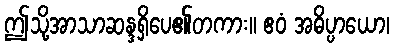
ဤသို့အာသာဆန္ဒရှိပေ၏တကား။ ဧဝံ အဓိပ္ပာယော၊